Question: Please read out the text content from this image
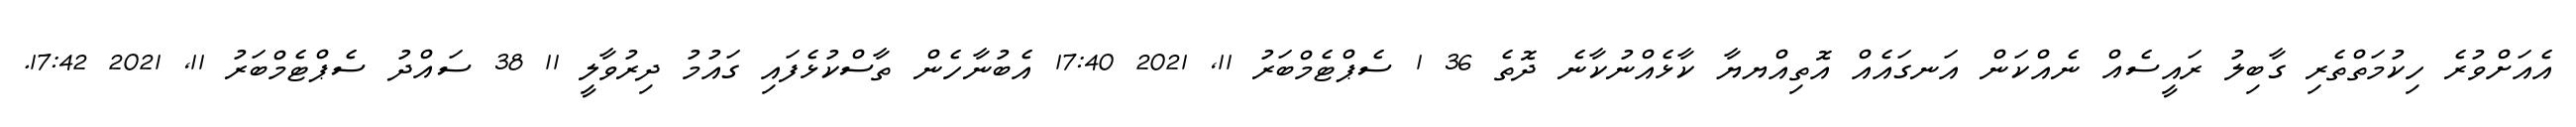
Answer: އެއަށްވުރެ ހިކުމަތްތެރި ގާބިލު ރައީސެއް ނެއްކަން އަނގައެއް އޮތިއްޔޔާ ކާޅެއްނުކާނެ ދޮތެ 36 1 ސެޕްޓެމްބަރު 11, 2021 17:40 އެބުނާހެން ތާސްކުޅެފައި ގައުމު ދިރުވާލީ 11 38 ސައްދު ސެޕްޓެމްބަރު 11, 2021 17:42.